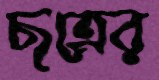
ছত্রের